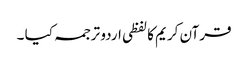
قرآن کریم کا لفظی اردو ترجمہ کیا ۔